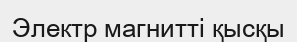
Электр магнитті қысқы